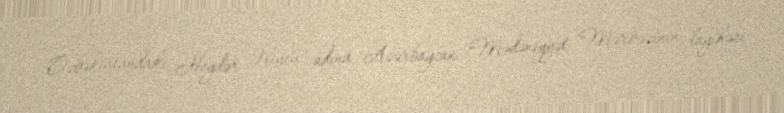
Özbəkistandakı Heydər Əliyev adına Azərbaycan Mədəniyyət Mərkəzinin layihəsi